Papers set at the Examination for Leaving Certificates, 1894
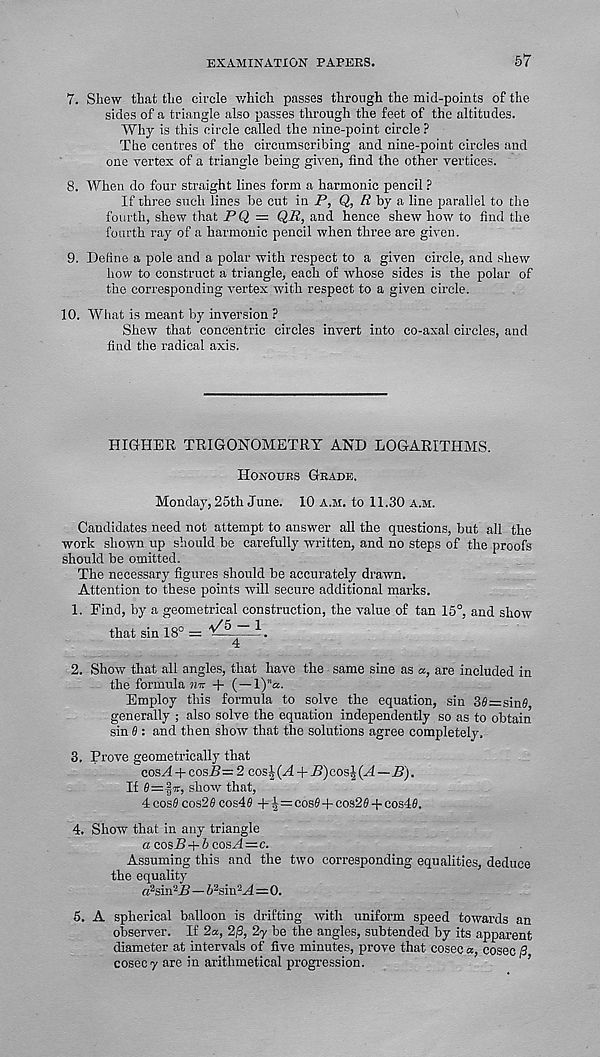
EXAMINATION PAPERS.
57
7. Shew that the circle which passes through the mid-points of the
sides of a triangle also passes through the feet of the altitudes.
Why is this circle called the nine-point circle ?
The centres of the circumscribing and nine-point circles and
one vertex of a triangle being given, find the other vertices.
8. When do four straight lines form a harmonic pencil P
If three such lines be cut in P, Q, by a line parallel to the
fourth, shew that PQ = QR, and hence shew how to find the
fourth ray of a harmonic pencil when three are given.
9. Define a pole and a polar with respect to a given circle, and shew
how to construct a triangle, each of whose sides is the polar of
the corresponding vertex with respect to a given circle.
10. What is meant by inversion ?
Shew that concentric circles invert into co-axal circles, and
find the radical axis.
HIGHER TRIGONOMETRY AND LOGARITHMS.
Honours Grade.
Monday, 25th June. 10 a.m. to 11.30 a.m.
Candidates need not attempt to answer all the questions, but all the
work shown up should be carefully written, and no steps of the proofs
should be omitted.
The necessary figures should be accurately drawn.
Attention to these points will secure additional marks.
1. Find, by a geometrical construction, the value of tan 15°, and show
that sin 18° =
4
2. Show that all angles, that have the same sine as a, are included in
the formula nn + (—V) n a.
Employ this formula to solve the equation, sin 3fi=sin0
generally ; also solve the equation independently so as to obtain
sin 6 : and then show that the solutions agree completely.
3. Prove geometrically that
cosH + cosJ3= 2 cos|(M + jB)cos^(.4 —-S).
If
show that,
4 cos# cos2 0 cos40 + ^=cosfi+cos2# + cos40.
4. Show that in any triangle
a cosU-b 6 cosH=c.
Assuming this and the two corresponding equalities, deduce
the equality
a 2 sin 2 B—l> 2 siu-A=0.
5. A spherical balloon is drifting with uniform speed towards an
observer. If 2a, 2/3, 2y be the angles, subtended by its apparent
diameter at intervals of five minutes, prove that cosec a, cosec /3
cosecy are in arithmetical progression.